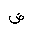
Letter: _dad